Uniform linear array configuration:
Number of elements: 16
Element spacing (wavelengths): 0.75
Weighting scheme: uniform
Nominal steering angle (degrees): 15
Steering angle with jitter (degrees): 14.985
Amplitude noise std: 0.05
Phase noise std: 0.05

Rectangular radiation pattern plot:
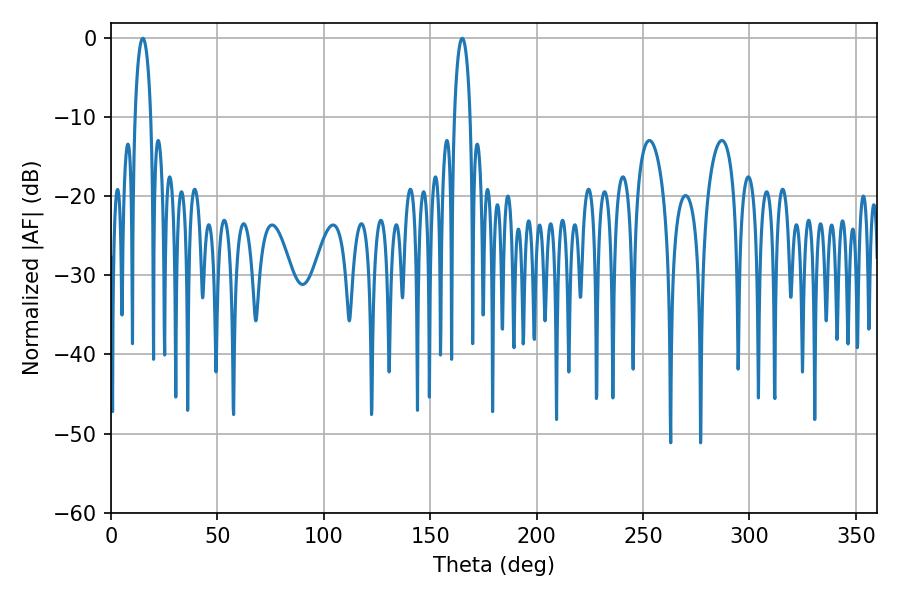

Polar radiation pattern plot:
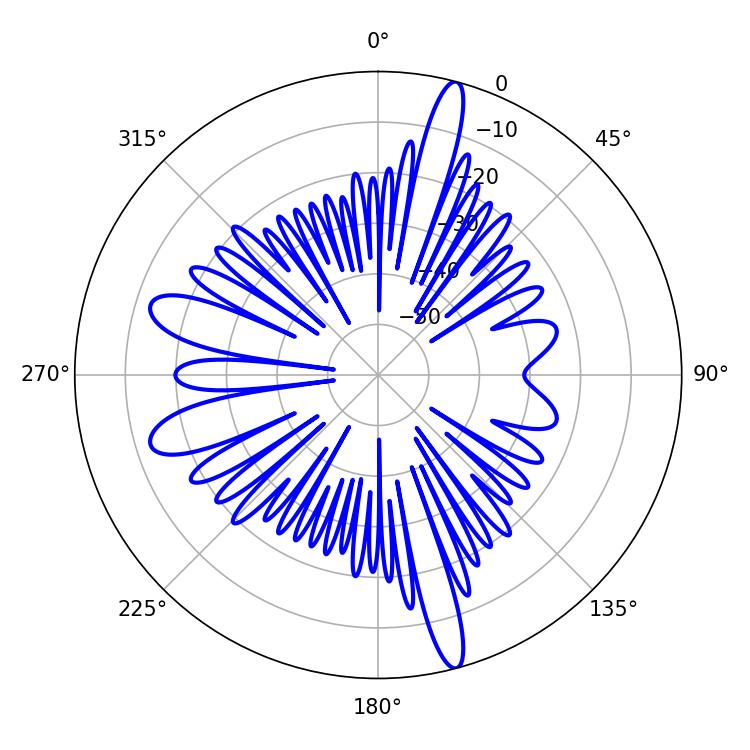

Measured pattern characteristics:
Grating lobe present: TRUE
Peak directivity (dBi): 18.758
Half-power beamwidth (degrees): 4.32
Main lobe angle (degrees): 14.94